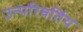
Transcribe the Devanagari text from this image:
उत्परिवर्तिय